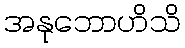
အနုဘောဟိသိ